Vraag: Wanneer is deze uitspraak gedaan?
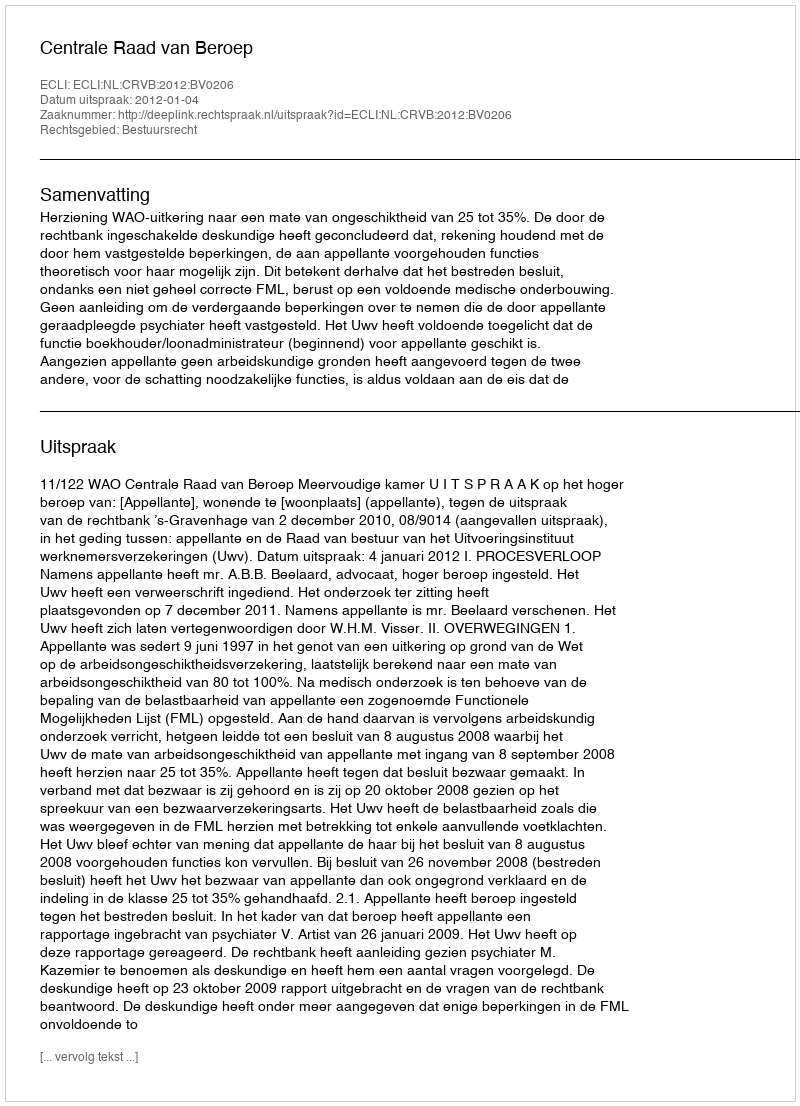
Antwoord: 2012-01-04